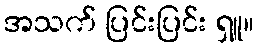
အသက် ပြင်းပြင်း ရှူ။